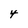
Character: 4